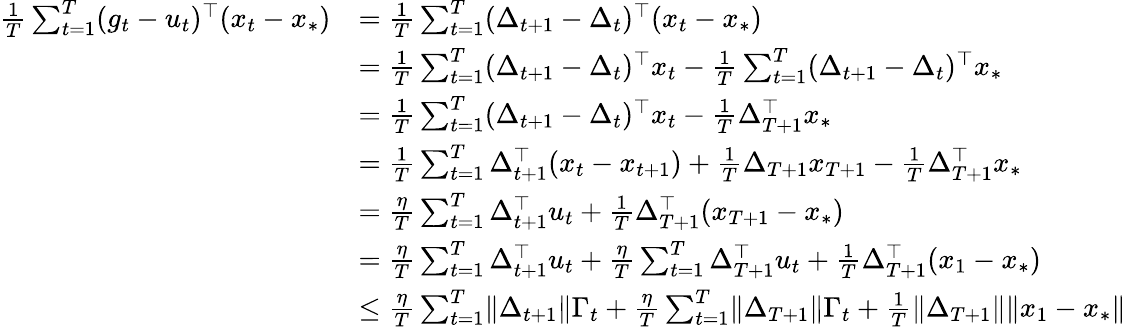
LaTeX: \begin{array}{rl}{\frac 1T\sum_{t=1}^{T}(g_{t}-u_{t})^{\top}(x_{t}-x_{*})}&{=\frac 1T\sum_{t=1}^{T}(\Delta_{t+1}-\Delta_{t})^{\top}(x_{t}-x_{*})}\\ &{=\frac 1T\sum_{t=1}^{T}(\Delta_{t+1}-\Delta_{t})^{\top}x_{t}-\frac 1T\sum_{t=1}^{T}(\Delta_{t+1}-\Delta_{t})^{\top}x_{*}}\\ &{=\frac 1T\sum_{t=1}^{T}(\Delta_{t+1}-\Delta_{t})^{\top}x_{t}-\frac 1T\Delta_{T+1}^{\top}x_{*}}\\ &{=\frac 1T\sum_{t=1}^{T}\Delta_{t+1}^{\top}(x_{t}-x_{t+1})+\frac 1T\Delta_{T+1}x_{T+1}-\frac 1T\Delta_{T+1}^{\top}x_{*}}\\ &{=\frac{\eta}{T}\sum_{t=1}^{T}\Delta_{t+1}^{\top}u_{t}+\frac 1T\Delta_{T+1}^{\top}(x_{T+1}-x_{*})}\\ &{=\frac{\eta}{T}\sum_{t=1}^{T}\Delta_{t+1}^{\top}u_{t}+\frac{\eta}{T}\sum_{t=1}^{T}\Delta_{T+1}^{\top}u_{t}+\frac 1T\Delta_{T+1}^{\top}(x_{1}-x_{*})}\\ &{\le\frac{\eta}{T}\sum_{t=1}^{T}\lVert\Delta_{t+1}\rVert\Gamma_{t}+\frac{\eta}{T}\sum_{t=1}^{T}\lVert\Delta_{T+1}\rVert\Gamma_{t}+\frac 1T\lVert\Delta_{T+1}\rVert\lVert x_{1}-x_{*}\rVert}\end{array}